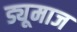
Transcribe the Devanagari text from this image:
ड्यूमाज